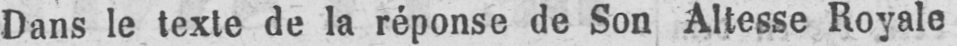
Dans le texte de la réponse de Son Altesse Royale